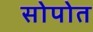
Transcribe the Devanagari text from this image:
सोपोत